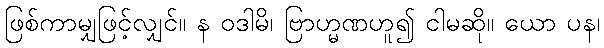
ဖြစ်ကာမျှဖြင့်လျှင်။ န ဝဒါမိ၊ ဗြာဟ္မဏဟူ၍ ငါမဆို။ ယော ပန၊